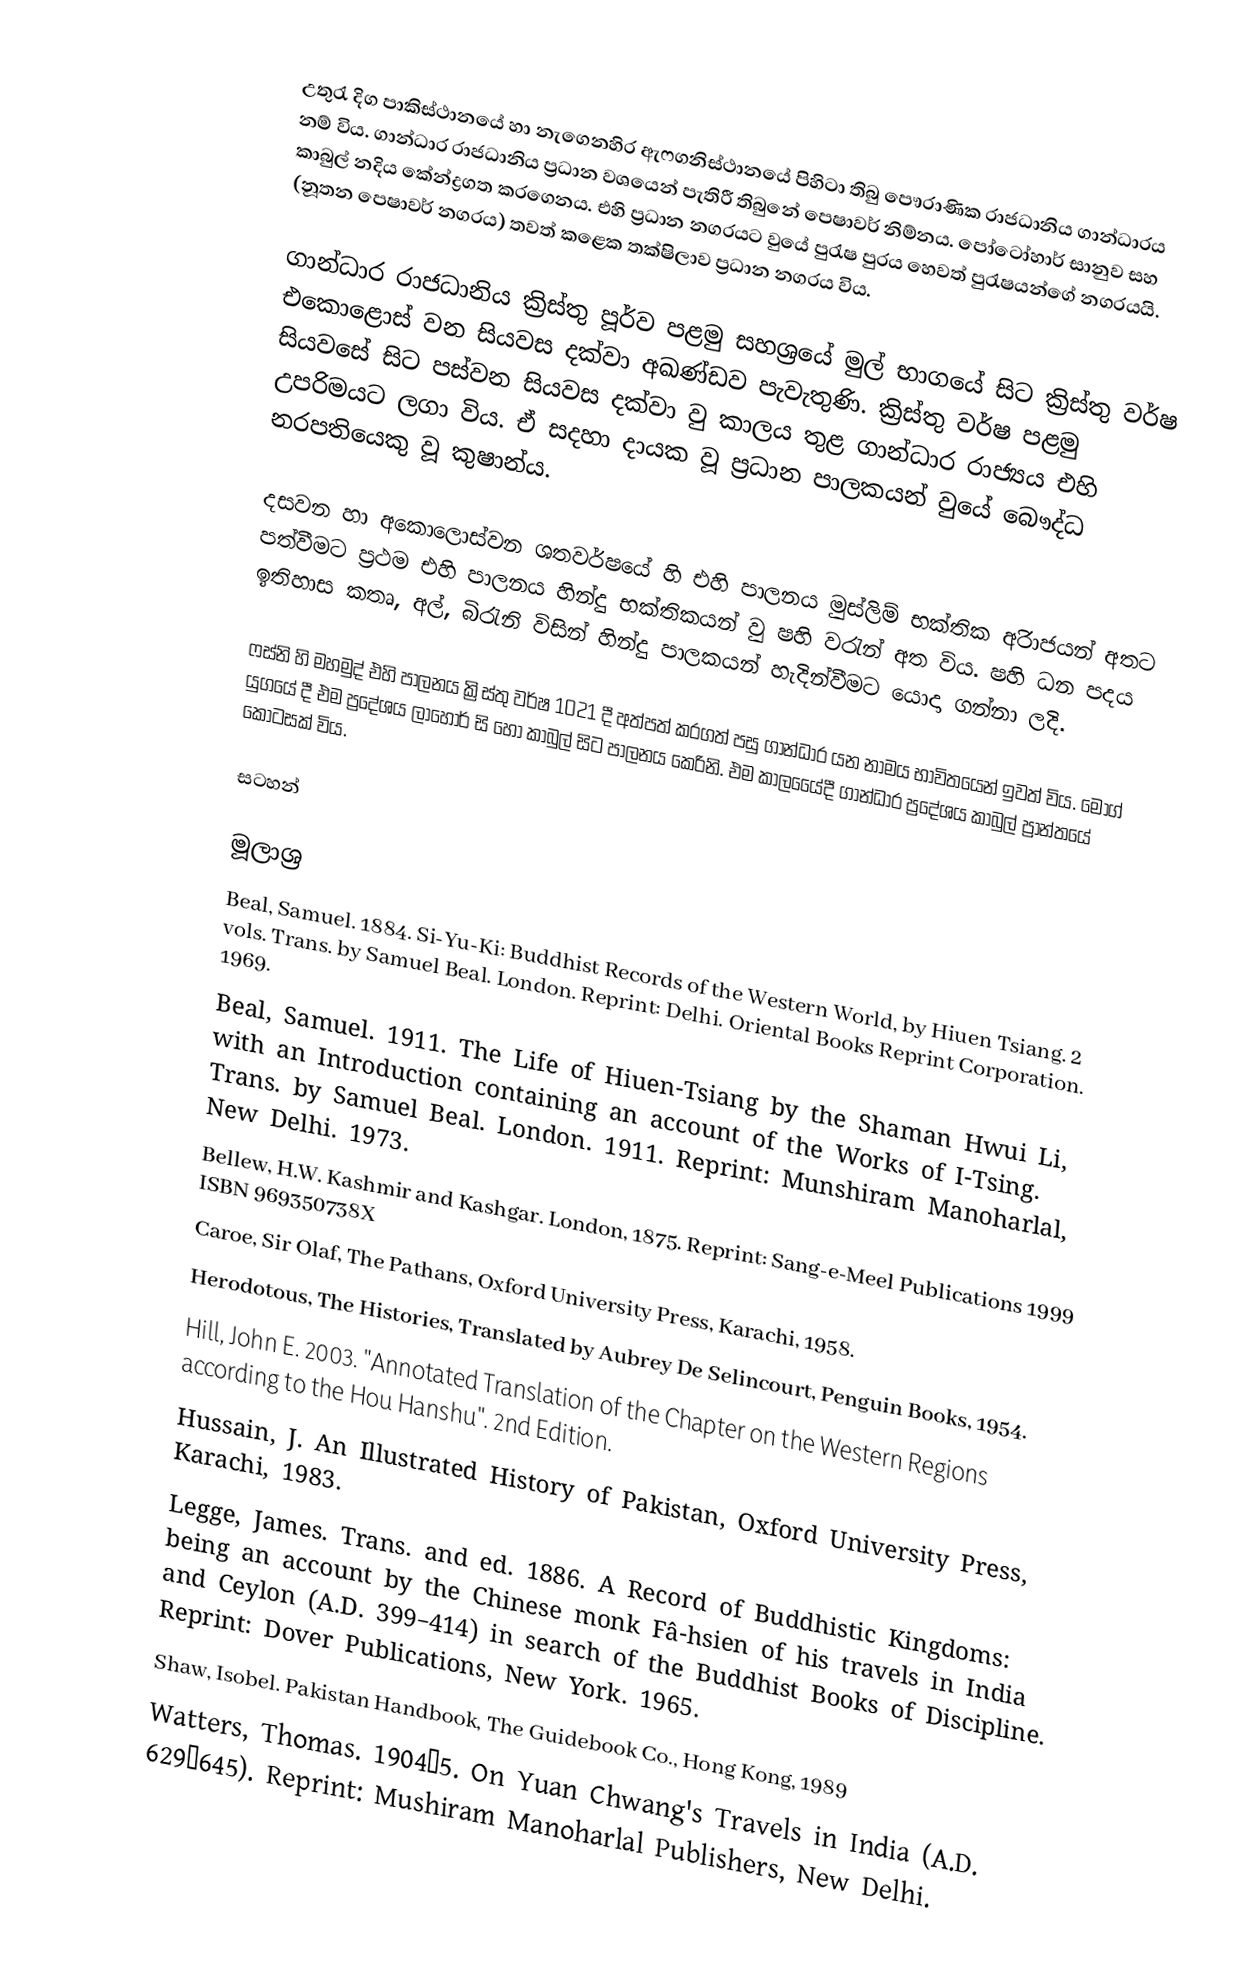
උතුරැ දිග පාකිස්ථාන‍යේ  හා නැගෙනහිර ඇෆගනිස්ථානයේ පිහිටා තිබු පෞරාණික රාජධානිය ගාන්ධාරය නම් විය. ගාන්ධාර රාජධානිය ප්‍රධාන වශයෙන් පැතිරී තිබුනේ පෙෂාවර් නිම්නය. පෝටෝහාර් සානුව සහ කාබුල් නදිය කේන්ද්‍රගත කරගෙනය. එහි ප්‍රධාන නගරයට ‍වුයේ පුරැෂ පුරය හෙවත් පුරැෂයන්ගේ නගරයයි. (නූතන පෙෂාවර් නගරය) තවත් කළෙක තක්ෂිලාව ප්‍රධාන නගරය විය.

ගාන්ධාර රාජධානිය ක්‍රිස්තු පූර්ව පළමු සහශ්‍රයේ මුල් භාගයේ සිට ක්‍රිස්තු වර්ෂ එකොළොස් වන සියවස දක්වා අඛණ්ඩව පැවැතුණි. ක්‍රිස්තු වර්ෂ පළමු සියවසේ සිට පස්වන සියවස දක්වා වු කාලය තුළ ගාන්ධාර රාජ්‍යය එහි උපරිමයට ලගා විය. ඒ සදහා දායක වූ ප්‍රධාන පාලකයන් වුයේ බෞද්ධ නරපතියෙකු වූ කුෂාන්ය.

දසවන හා අකොලොස්වන ශතවර්ෂයේ හි එහි පාලනය මුස්ලිම් භක්තික අිරාජයන් අතට පත්වීමට ප්‍රථම එහි පාලනය හින්දු භක්තිකයන් වු ෂහි වරැන් අත විය. ෂහි ධන පදය ඉතිහාස කතෘ, අල්, බිරැනි විසින් හින්දු පාලකයන් හැදින්වීමට යොදා ගන්නා ලදි.

ෆස්නි හි මහමුද් එහි පාලනය ක්‍රිස්තු වර්ෂ 1021 දී අත්පත් කරගත් පසු ගාන්ධාර යන නාමය භාවිතයෙන් ඉවත් විය. මෝග් යුගයේ දී එම ප්‍රදේශය ලාහෝර් සි හෝ කාබුල් සිට පාලනය කෙරිනි. එම කාලයෙේදී ගාන්ධාර ප්‍රදේශය කාබුල් ප්‍රාන්තයේ කොටසක් විය.

සටහන්

මූලාශ්‍ර
 Beal, Samuel. 1884. Si-Yu-Ki: Buddhist Records of the Western World, by Hiuen Tsiang. 2 vols. Trans. by Samuel Beal. London. Reprint: Delhi. Oriental Books Reprint Corporation. 1969.
 Beal, Samuel. 1911. The Life of Hiuen-Tsiang by the Shaman Hwui Li, with an Introduction containing an account of the Works of I-Tsing. Trans. by Samuel Beal. London. 1911. Reprint: Munshiram Manoharlal, New Delhi. 1973.
 Bellew, H.W. Kashmir and Kashgar. London, 1875. Reprint: Sang-e-Meel Publications 1999 ISBN 969350738X
 Caroe, Sir Olaf,  The Pathans, Oxford University Press, Karachi, 1958.
 Herodotous, The Histories, Translated by Aubrey De Selincourt, Penguin Books, 1954.
 Hill, John E. 2003. "Annotated Translation of the Chapter on the Western Regions according to the Hou Hanshu". 2nd Edition.
 Hussain, J.  An Illustrated History of Pakistan, Oxford University Press, Karachi, 1983.
 Legge, James. Trans. and ed. 1886. A Record of Buddhistic Kingdoms: being an account by the Chinese monk Fâ-hsien of his travels in India and Ceylon (A.D. 399–414) in search of the Buddhist Books of Discipline. Reprint: Dover Publications, New York. 1965.
 Shaw, Isobel. Pakistan Handbook, The Guidebook Co., Hong Kong, 1989
 Watters, Thomas. 1904–5. On Yuan Chwang's Travels in India (A.D. 629–645). Reprint: Mushiram Manoharlal Publishers, New Delhi.